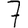
Digit: 7